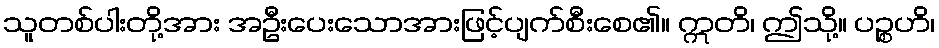
သူတစ်ပါးတို့အား အဦးပေးသောအားဖြင့်ပျက်စီးစေ၏။ ဣတိ၊ ဤသို့။ ပဉ္စဟိ၊